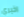
اخبري